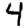
Digit: 4